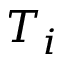
T _ { i }